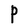
Character: P